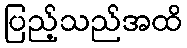
ပြည့်သည်အထိ